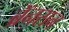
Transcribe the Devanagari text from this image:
ब्रॅनसन